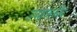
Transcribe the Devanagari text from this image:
उपशासकीय